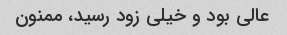
عالی بود و خیلی زود رسید، ممنون